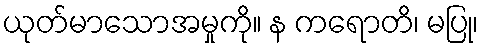
ယုတ်မာသောအမှုကို။ န ကရောတိ၊ မပြု၊